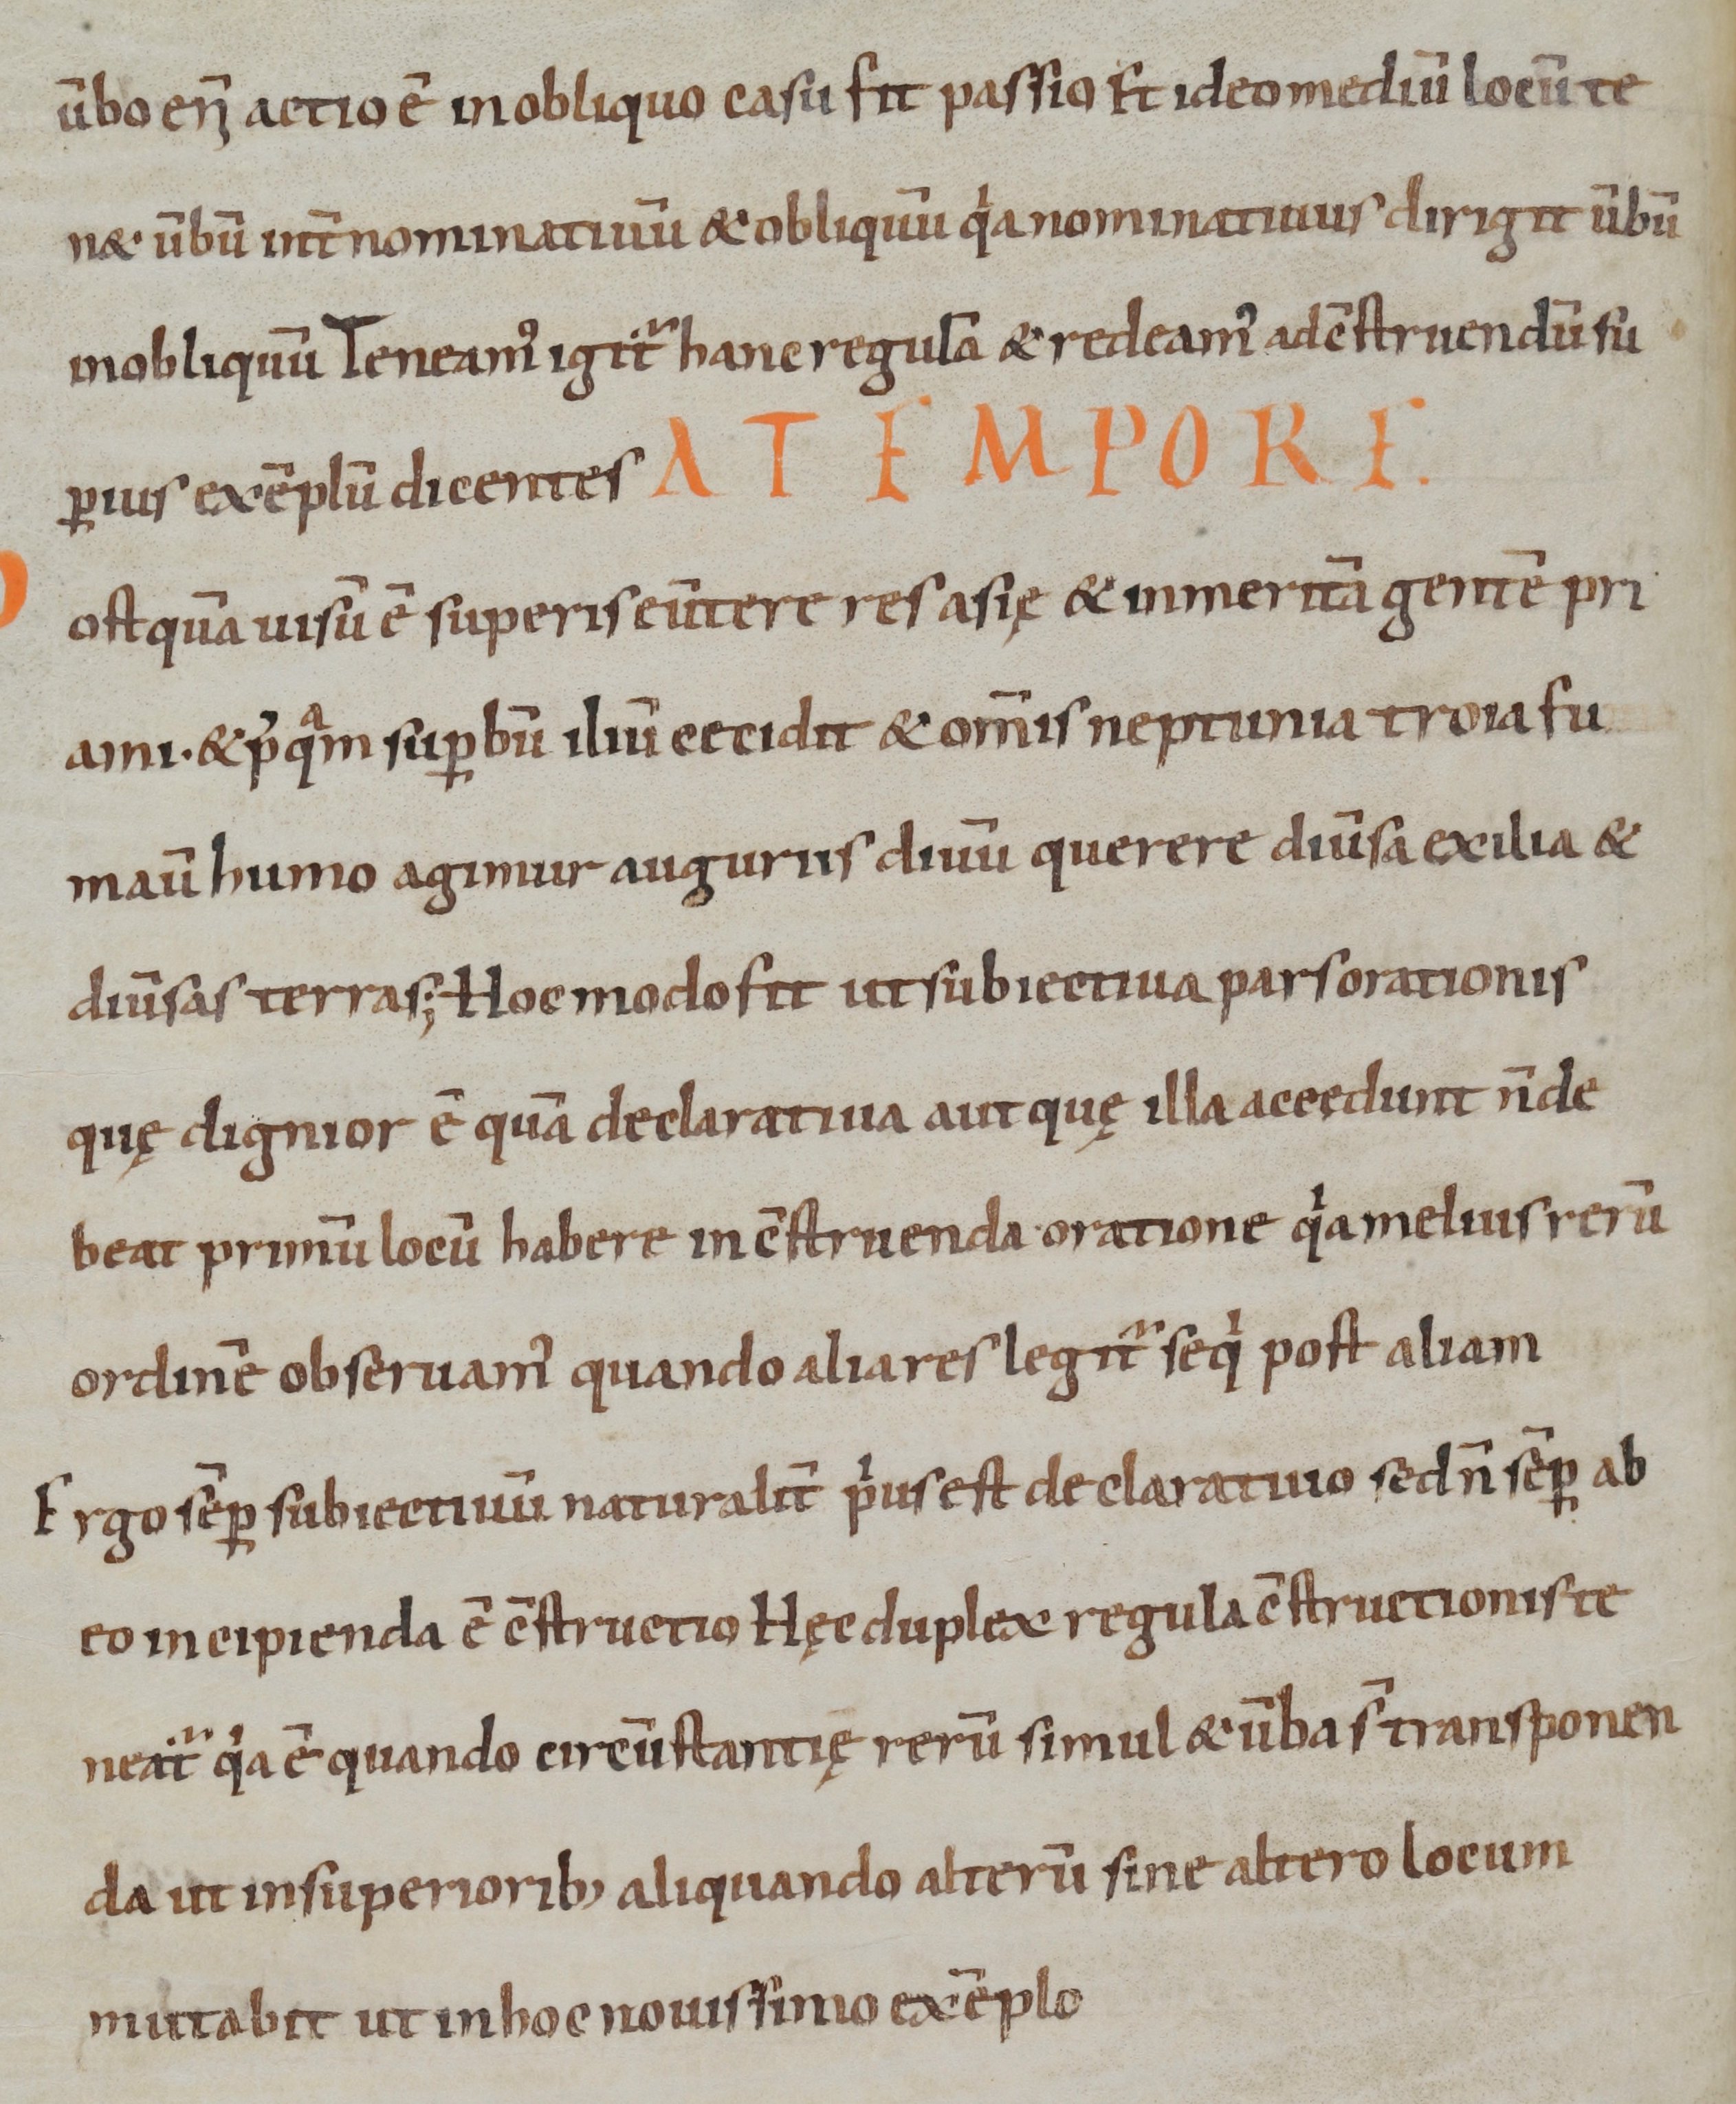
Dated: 800–999